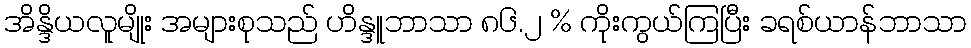
အိန္ဒိယလူမျိုး အများစုသည် ဟိန္ဒူဘာသာ ၈၆.၂ % ကိုးကွယ်ကြပြီး ခရစ်ယာန်ဘာသာ